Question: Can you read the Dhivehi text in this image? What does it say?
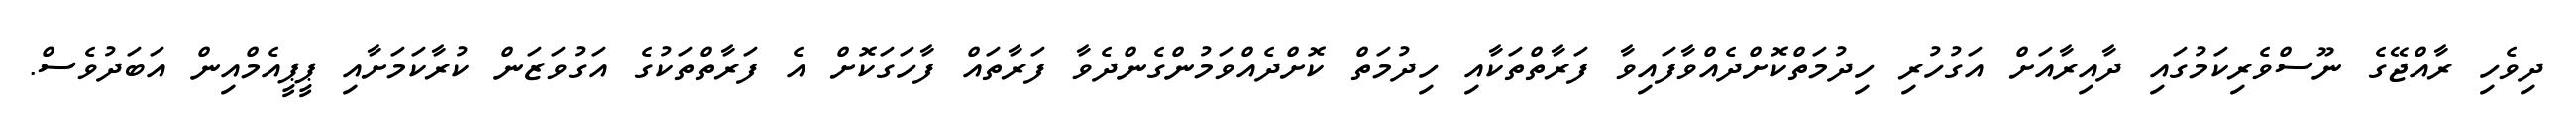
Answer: ދިވެހި ރާއްޖޭގެ ނޫސްވެރިކަމުގައި ދާއިރާއަށް އަގުހުރި ހިދުމަތްކޮށްދެއްވާފައިވާ ފަރާތްތަކާއި ހިދުމަތް ކޮށްދެއްވަމުންގެންދެވާ ފަރާތައް ފާހަގަކޮށް އެ ފަރާތްތަކުގެ އަގުވަޒަން ކުރާކަމަށާއި ޕީޕީއެމްއިން އަބަދުވެސް.